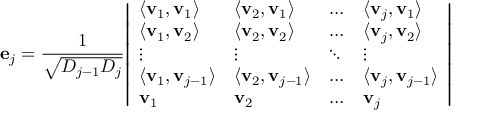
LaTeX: \mathbf { e } _ { j } = { \frac { 1 } { \sqrt { D _ { j - 1 } D _ { j } } } } { \left| \begin{array} { l l l l } { \langle \mathbf { v } _ { 1 } , \mathbf { v } _ { 1 } \rangle } & { \langle \mathbf { v } _ { 2 } , \mathbf { v } _ { 1 } \rangle } & { \dots } & { \langle \mathbf { v } _ { j } , \mathbf { v } _ { 1 } \rangle } \\ { \langle \mathbf { v } _ { 1 } , \mathbf { v } _ { 2 } \rangle } & { \langle \mathbf { v } _ { 2 } , \mathbf { v } _ { 2 } \rangle } & { \dots } & { \langle \mathbf { v } _ { j } , \mathbf { v } _ { 2 } \rangle } \\ { \vdots } & { \vdots } & { \ddots } & { \vdots } \\ { \langle \mathbf { v } _ { 1 } , \mathbf { v } _ { j - 1 } \rangle } & { \langle \mathbf { v } _ { 2 } , \mathbf { v } _ { j - 1 } \rangle } & { \dots } & { \langle \mathbf { v } _ { j } , \mathbf { v } _ { j - 1 } \rangle } \\ { \mathbf { v } _ { 1 } } & { \mathbf { v } _ { 2 } } & { \dots } & { \mathbf { v } _ { j } } \end{array} \right| }